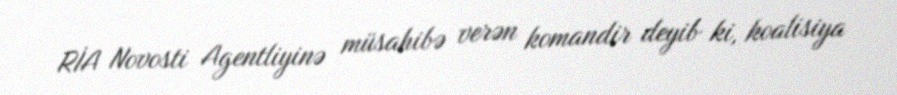
RİA Novosti Agentliyinə müsahibə verən komandir deyib ki, koalisiya